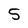
Character: 5